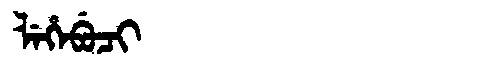
Manchu: ᠯᡝᡥᡝᠪᡠᠴᡳ
Romanization: LEHEBUCI